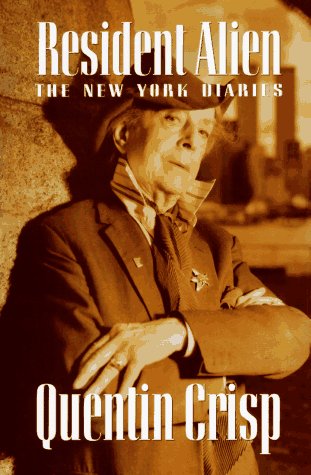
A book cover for Resident Alien; Quentin Crisp; Gay & Lesbian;